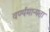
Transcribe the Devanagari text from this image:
वर्ण्यमान्यता